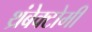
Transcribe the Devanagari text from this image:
थ्रंबेक्टोमी